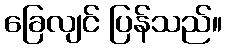
ခြေလျင် ပြန်သည်။